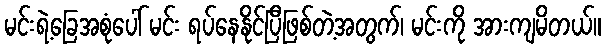
မင်းရဲ့ခြေအစုံပေါ် မင်း ရပ်နေနိုင်ပြီဖြစ်တဲ့အတွက်၊ မင်းကို အားကျမိတယ်။